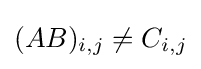
(AB)_{i,j}\neq C_{i,j}